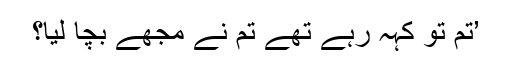
’تم تو کہہ رہے تھے تم نے مجھے بچا لیا؟